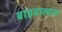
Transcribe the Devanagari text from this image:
बाइवाल्वज